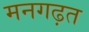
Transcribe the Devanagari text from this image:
मनगढ़त